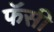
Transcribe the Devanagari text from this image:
फॅसी